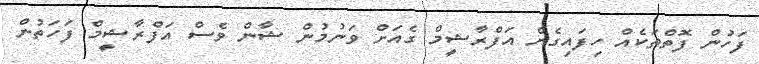
ފަހުން ފޮތްތަކެއް ހިފައިގެން އަފްރާޝީމް ގެއަށް ވަނުމުން ޝާން ވެސް އަފްރާޝީމް ފަހަތުން